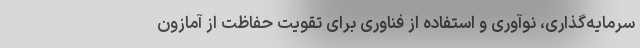
سرمایه‌گذاری، نوآوری و استفاده از فناوری برای تقویت حفاظت از آمازون